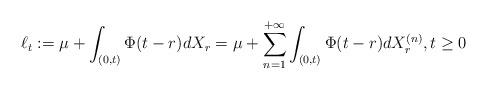
LaTeX: \begin{align*}\ell_t := \mu + \int_{(0,t)} \Phi(t-r) dX_r =\mu + \sum_{n=1}^{+\infty} \int_{(0,t)} \Phi(t-r) dX_r^{(n)}, t\geq 0\end{align*}